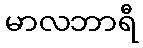
မာလဘာရီ